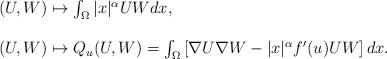
LaTeX: \begin{align*}\begin{array}{l}(U,W) \mapsto \int_{\Omega} |x|^{\alpha} U W dx, \\ \\(U,W) \mapsto Q_u(U,W) = \int_{\Omega} \left[ \nabla U \nabla W - |x|^{\alpha} f'(u) UW \right]dx.\end{array}\end{align*}